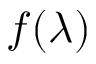
f ( \lambda )